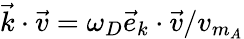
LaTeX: \vec{k}\cdot\vec{v}=\omega_{D}\vec{e}_{k}\cdot\vec{v}/v_{m_{A}}